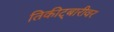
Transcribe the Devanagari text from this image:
तिकीट्बारीवर